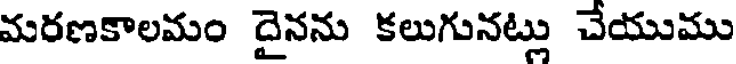
మరణకాలమం దైనను కలుగునట్లు చేయుము